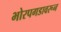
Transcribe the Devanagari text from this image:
भोरपगडावरून